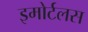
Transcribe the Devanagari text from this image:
इमोर्टलस